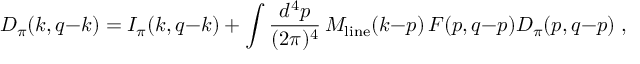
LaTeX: { \cal D } _ { \pi } ( k , q { - } k ) = { \cal I } _ { \pi } ( k , q { - } k ) + \int { \frac { d ^ { 4 } p } { ( 2 \pi ) ^ { 4 } } } \, { \cal M } _ { \mathrm { l i n e } } ( k { - } p ) \, { \cal F } ( p , q { - } p ) { \cal D } _ { \pi } ( p , q { - } p ) \; ,